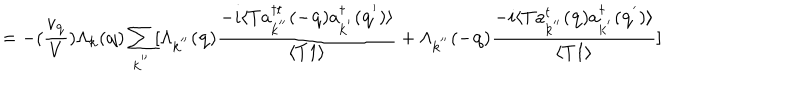
LaTeX: = - ( \frac { v _ { { \bf { q } } } } { V } ) \Lambda _ { { \bf { k } } } ( { \bf { q } } ) \sum _ { { \bf { k } } ^ { ' ^ { \prime } } } [ \Lambda _ { { \bf { k } } ^ { ' ^ { \prime } } } ( { \bf { q } } ) \frac { - i \langle T a _ { { \bf { k } } ^ { ' ^ { \prime } } } ^ { \dagger t } ( - { \bf { q } } ) a _ { { \bf { k } } ^ { ' } } ^ { \dagger } ( { \bf { q } } ^ { ' } ) \rangle } { \langle T 1 \rangle } + \Lambda _ { { \bf { k } } ^ { ' ^ { \prime } } } ( - { \bf { q } } ) \frac { - i \langle T a _ { { \bf { k } } ^ { ' ^ { \prime } } } ^ { t } ( { \bf { q } } ) a _ { { \bf { k } } ^ { ' } } ^ { \dagger } ( { \bf { q } } ^ { ' } ) \rangle } { \langle T 1 \rangle } ]